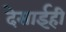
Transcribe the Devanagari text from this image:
देसाईही